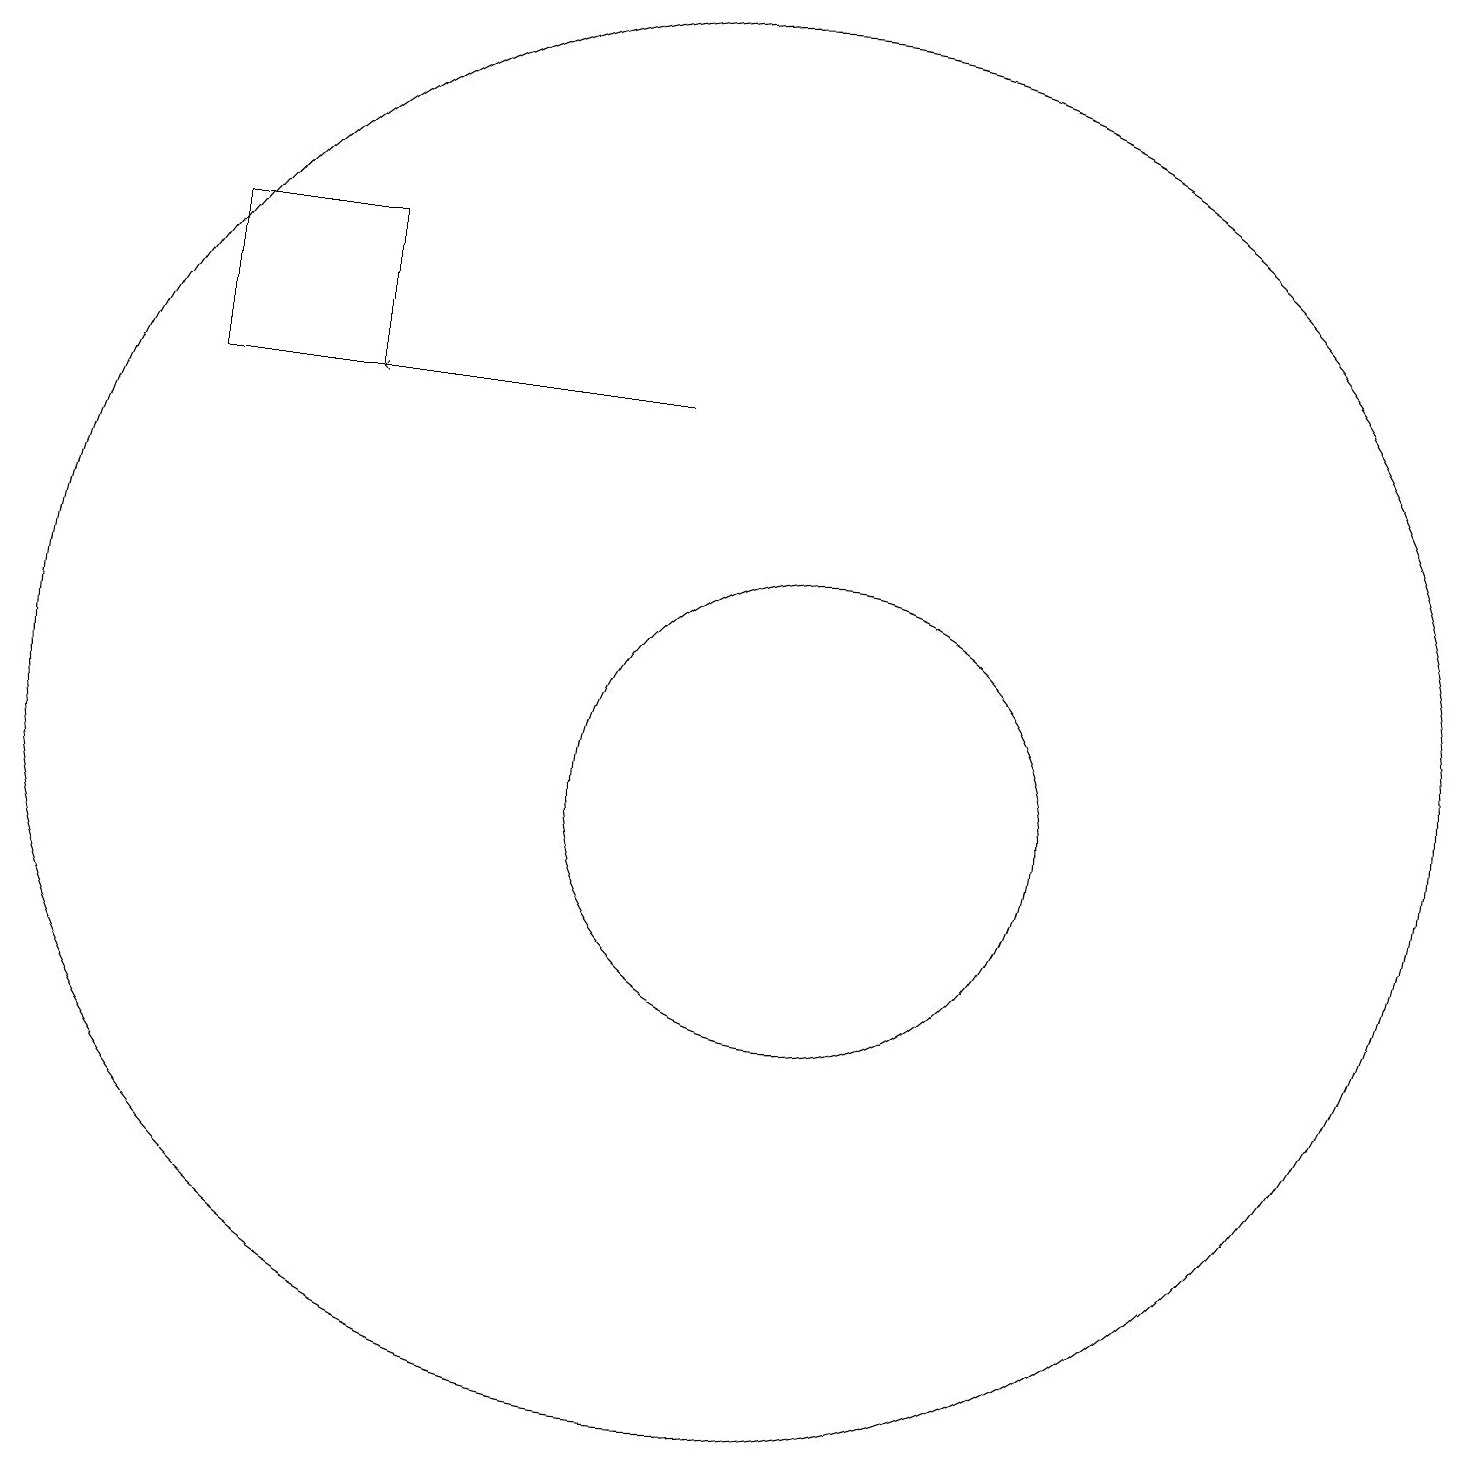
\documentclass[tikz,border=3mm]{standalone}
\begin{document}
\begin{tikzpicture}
\draw[->] (9,15) -- (5,15);
\draw (11,10) circle (3);
\draw (3,15) rectangle (5,17);
\draw (10,11) circle (9);
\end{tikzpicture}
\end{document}